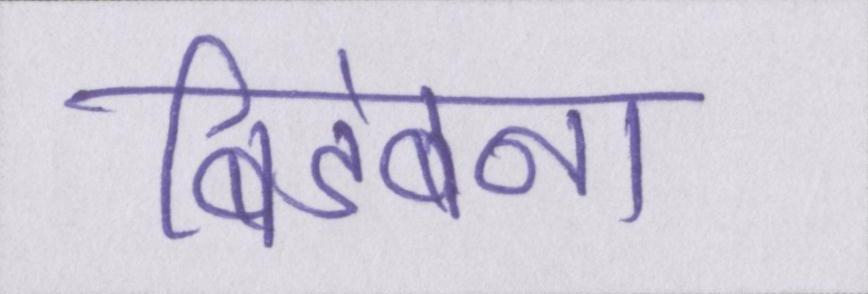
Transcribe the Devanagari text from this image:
बिडंबना